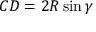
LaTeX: C D = 2 R \sin \gamma